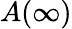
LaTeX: A(\infty)